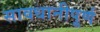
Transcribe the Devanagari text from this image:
सावधानीपूर्ण